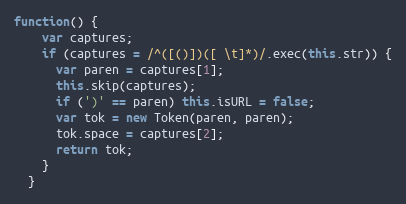
Language: JavaScript
function() {
    var captures;
    if (captures = /^([()])([ \t]*)/.exec(this.str)) {
      var paren = captures[1];
      this.skip(captures);
      if (')' == paren) this.isURL = false;
      var tok = new Token(paren, paren);
      tok.space = captures[2];
      return tok;
    }
  }